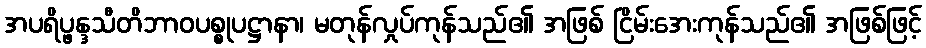
အပရိပ္ဖန္ဒသီတိဘာဝပစ္စုပဋ္ဌာနာ၊ မတုန်လှုပ်ကုန်သည်၏ အဖြစ် ငြိမ်းအေးကုန်သည်၏ အဖြစ်ဖြင့်